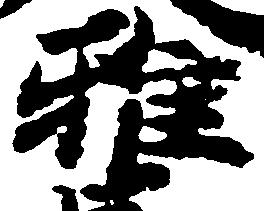
雅